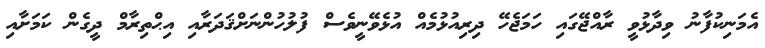
އެމަނިކުފާނު ވިދާޅުވީ ރާއްޖޭގައި ހަމަޖެހޭ ދިރިއުޅުމެއް އުޅެވޭނީވެސް ފުލުހުންނަށްޤަދަރާއި އިޙްތިރާމް ދީގެން ކަމަށާއި